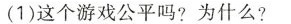
(1)这个游戏公平吗?为什么?